Indian journal of veterinary science and animal husbandry - Volume 2,
Year: 1932
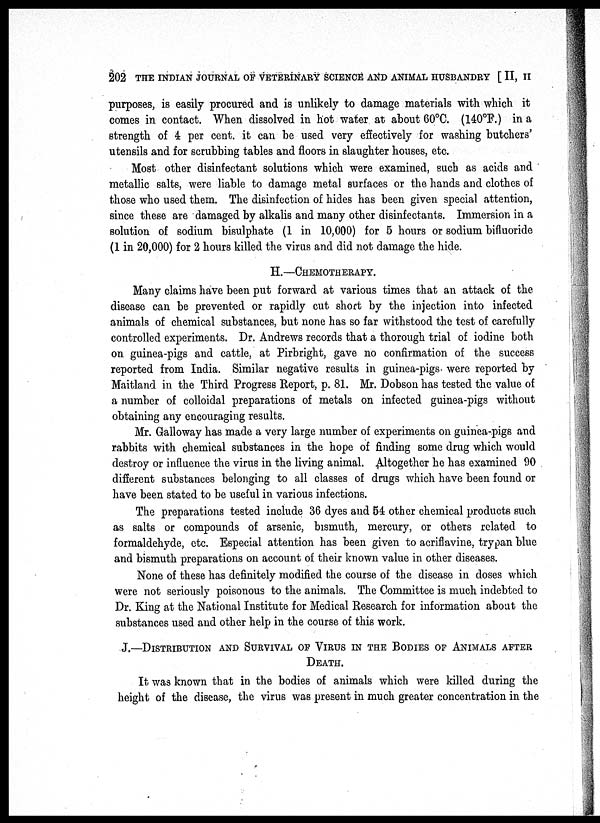
202 THE INDIAN JOURNAL OF VETERINARY SCIENCE AND ANIMAL HUSBANDRY [ II, II
purposes, is easily procured and is unlikely to damage materials with which it
comes in contact. When dissolved in hot water at about 60°C. (140°F.) in a
strength of 4 per cent. it can be used very effectively for washing butchers'
utensils and for scrubbing tables and floors in slaughter houses, etc.
Most other disinfectant solutions which were examined, such as acids and
metallic salts, were liable to damage metal surfaces or the hands and clothes of
those who used them. The disinfection of hides has been given special attention,
since these are damaged by alkalis and many other disinfectants. Immersion in a
solution of sodium bisulphate (1 in 10,000) for 5 hours or sodium bifluoride
(1 in 20,000) for 2 hours killed the virus and did not damage the hide.
H.—CHEMOTHERAPY.
Many claims have been put forward at various times that an attack of the
disease can be prevented or rapidly cut short by the injection into infected
animals of chemical substances, but none has so far withstood the test of carefully
controlled experiments. Dr. Andrews records that a thorough trial of iodine both
on. guinea-pigs and cattle, at Pirbright, gave no confirmation of the success
reported from India. Similar negative results in guinea-pigs- were reported by
Maitland in the Third Progress Report, p. 81. Mr. Dobson has tested the value of
a number of colloidal preparations of metals on infected guinea-pigs without
obtaining any encouraging results.
Mr. Galloway has made a very large number of experiments on guinea-pigs and
rabbits with chemical substances in the hope of finding some drug which would
destroy or influence the virus in the living animal. Altogether he has examined 90
different substances belonging to all classes of drugs which have been found or
have been stated to be useful in various infections.
The preparations tested include 36 dyes and 54 other chemical products such
as salts or compounds of arsenic, bismuth, mercury, or others related to
formaldehyde, etc. Especial attention has been given to acriflavine, trypan blue
and bismuth preparations on account of their known value in other diseases.
None of these has definitely modified the course of the disease in doses which
were not seriously poisonous to the animals. The Committee is much indebted to
Dr. King at the National Institute for Medical Research for information about the
substances used and other help in the course of this work.
J.—DISTRIBUTION AND SURVIVAL OF VIRUS IN THE BODIES OF ANIMALS AFTER
DEATH.
It was known that in the bodies of animals which were killed during the
height of the disease, the virus was present in much greater concentration in the